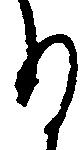
る